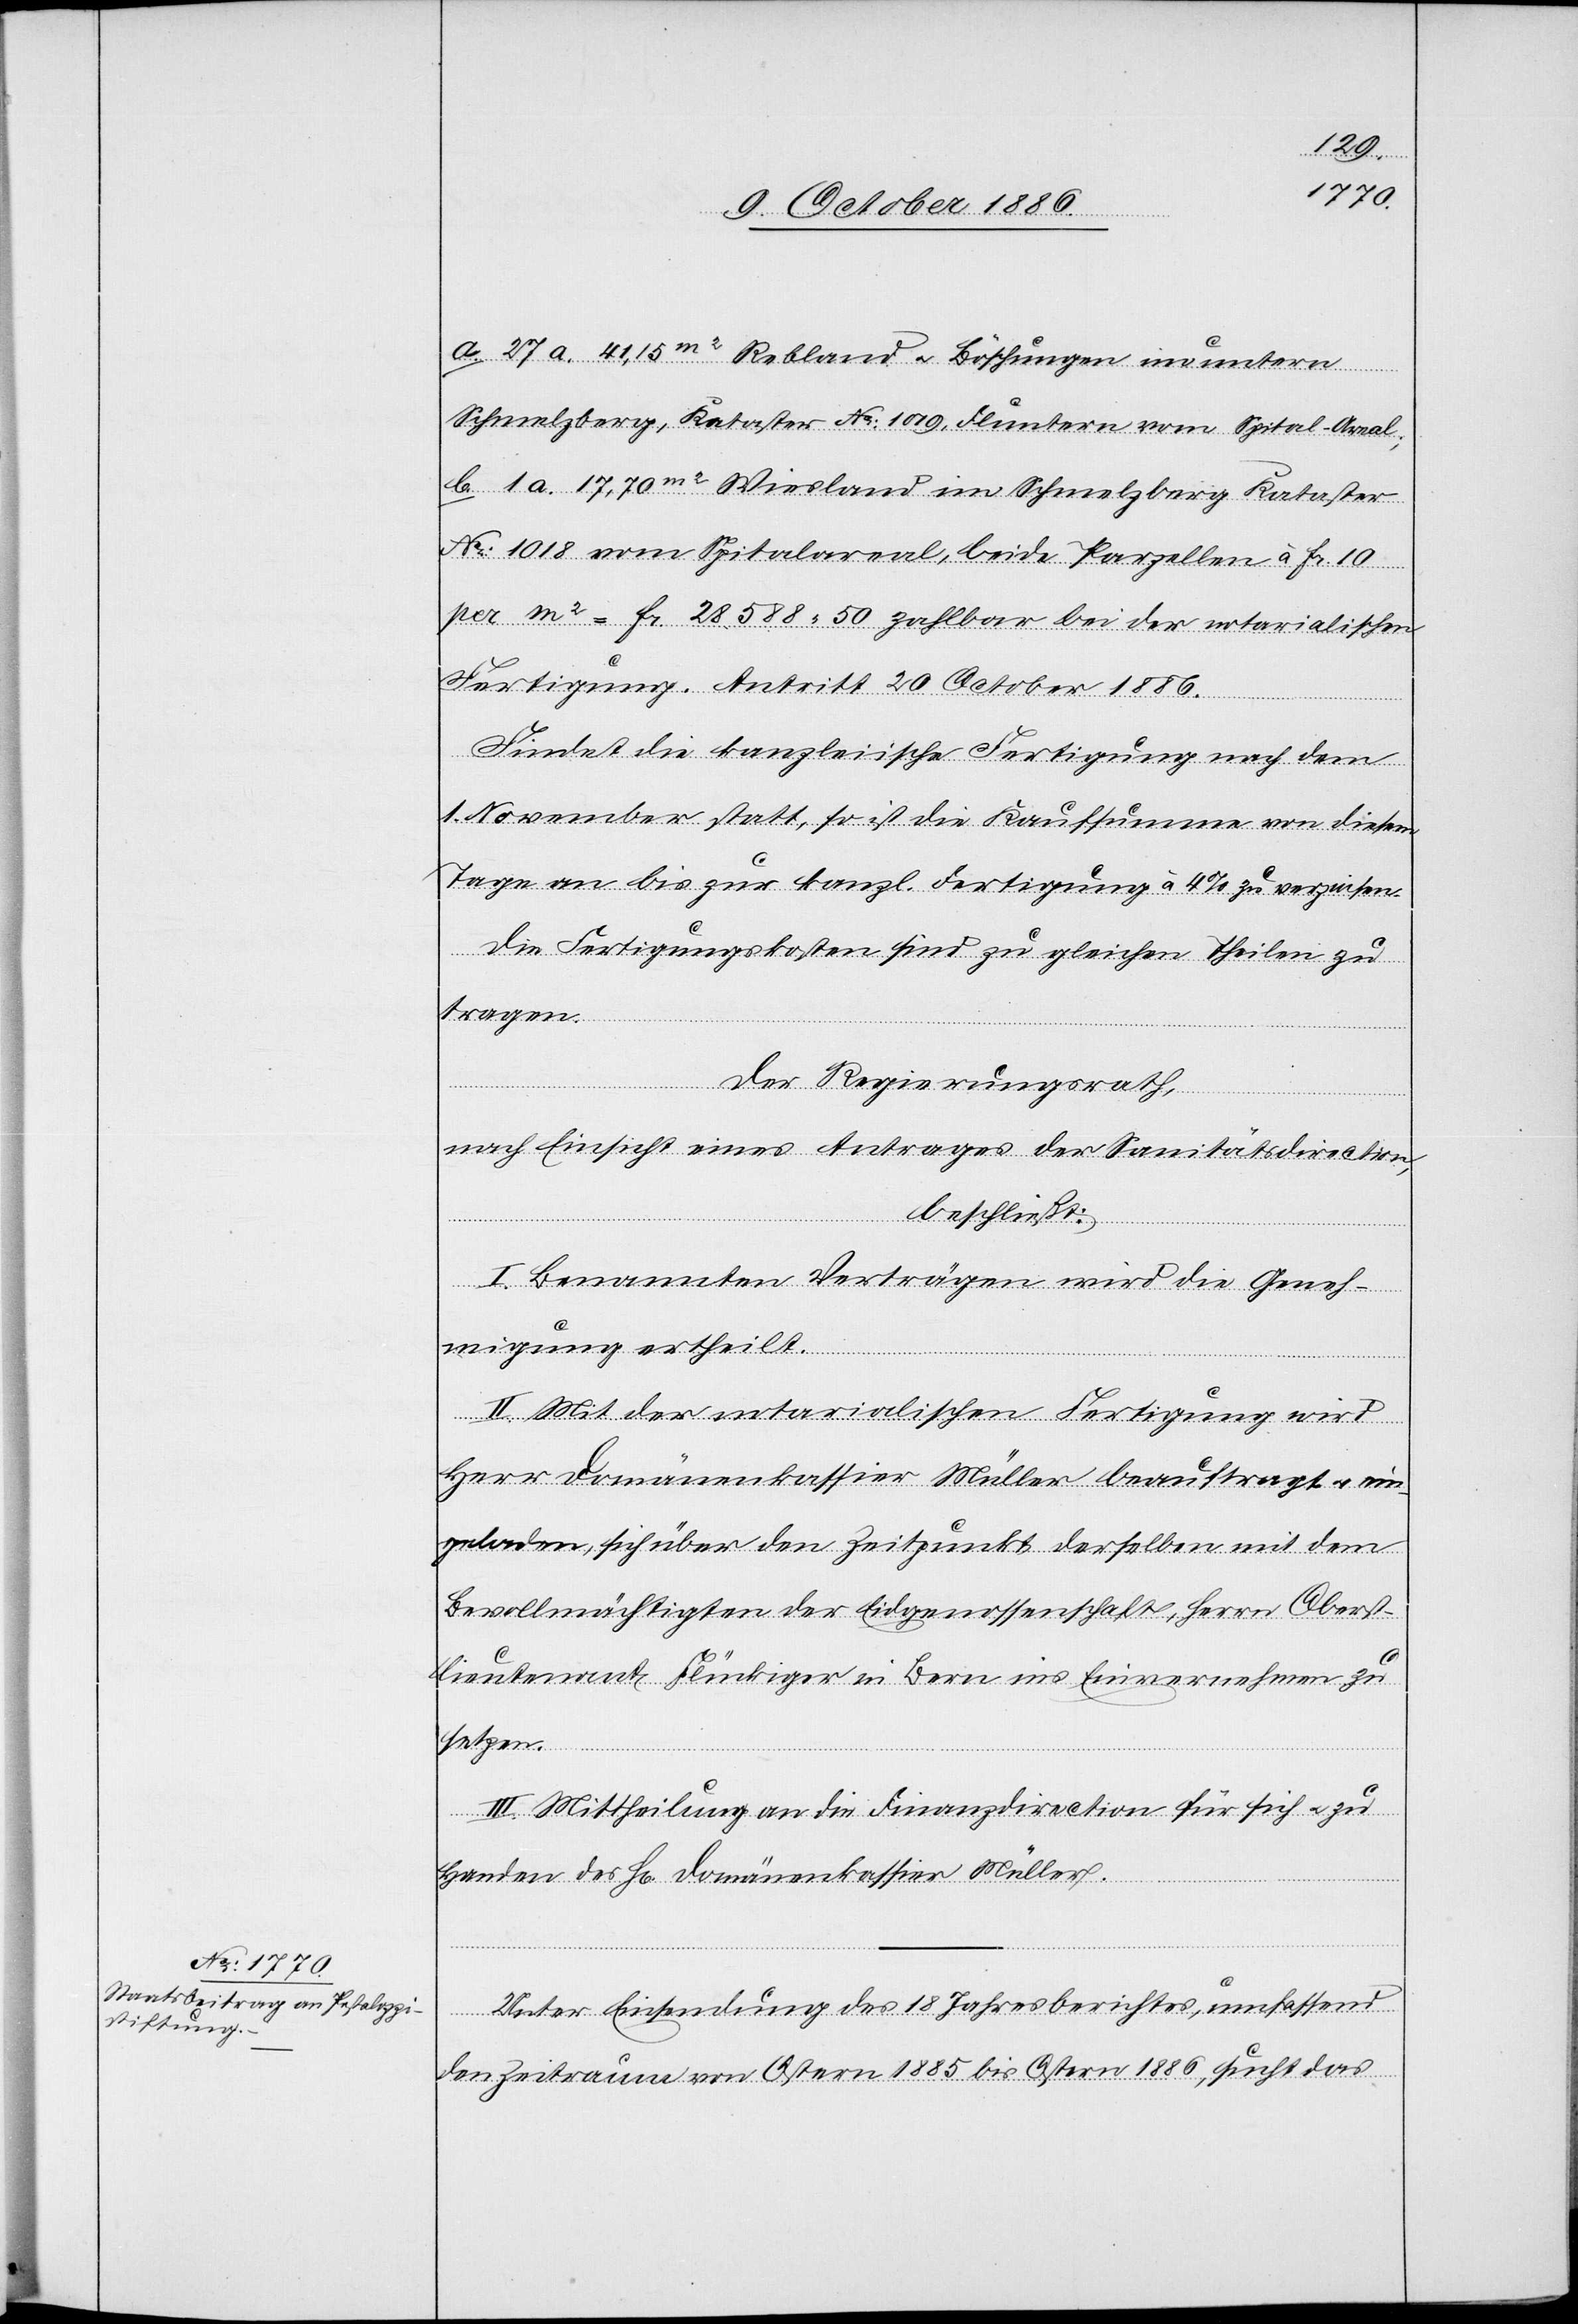
on,
a. 27 a. 41,15m2 Rebland & Böschungen im untern
Schmelzberg, Kataster No: 1019, Fluntern vom Spital-Areal;
b. 1 a. 17,70m2 Wiesland im Schmelzberg, Kataster
No: 1018 vom Spitalareal, beide Parzellen à Fr. 10
per m2 = Fr. 28.588 50 zahlbar bei der notarialischen
Fertigung. Antritt 20. October 1886.
Findet die kanzleiische Fertigung nach dem
1. November statt, so ist die Kaufsumme von diesem
Tage an bis zur kanzl. Fertigung à 4% zu verzinsen.
Die Fertigungskosten sind zu gleichen Theilen zu
tragen.
Der Regierungsrath,
nach Einsicht eines Antrages der Sanitätsdirecti¬
beschließt:
I. Benannten Verträgen wird die Geneh¬
migung ertheilt.
II. Mit der notarialischen Fertigung wird
Herr Domänenkassier Müller beauftragt & ein¬
geladen, sich über den Zeitpunkt derselben mit dem
Bevollmächtigten der Eidgenossenschaft, Herrn Oberst¬
lieutenant Flückiger in Bern ins Einvernehmen zu
setzen.
III. Mittheilung an die Finanzdirection für sich & zu
Handen des H[errn] Domänenkassier Müller.
Unter Einsendung des 18. Jahresberichtes, umfassend
den Zeitraum von Ostern 1885 bis Ostern 1886, sucht das